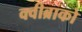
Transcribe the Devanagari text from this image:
क्वीब्राको